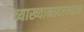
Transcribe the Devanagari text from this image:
व्याख्यानादरम्यान